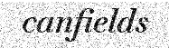
canfields